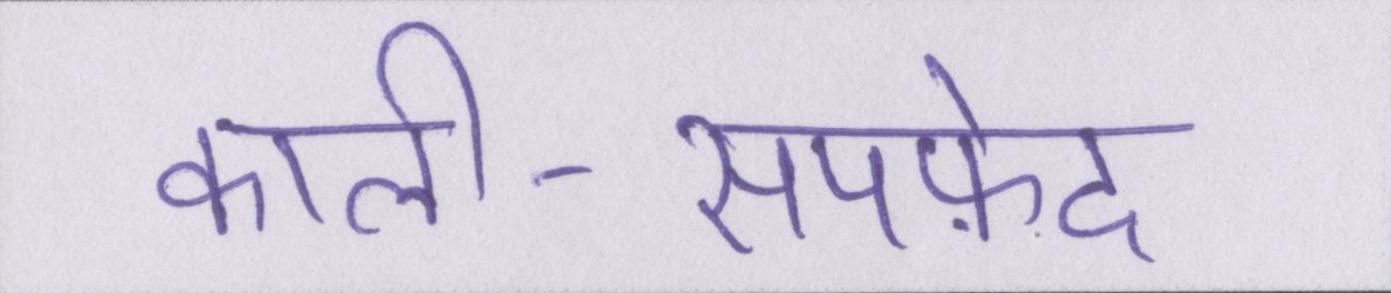
काली-सपफ़ेद